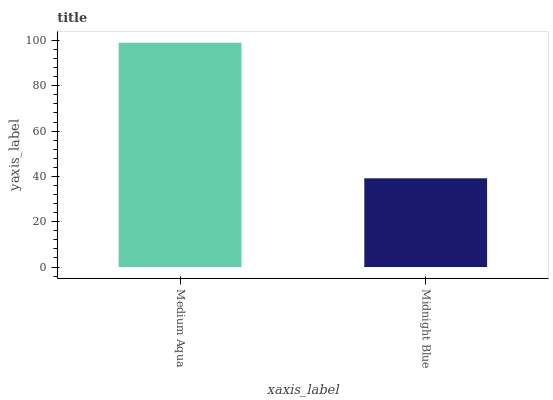
| xaxis_label | bars |
 | --- | --- |
 | Medium Aqua | 99 |
 | Midnight Blue | 39.2 |